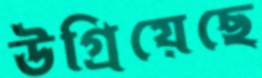
উগ্‌রিয়েছে